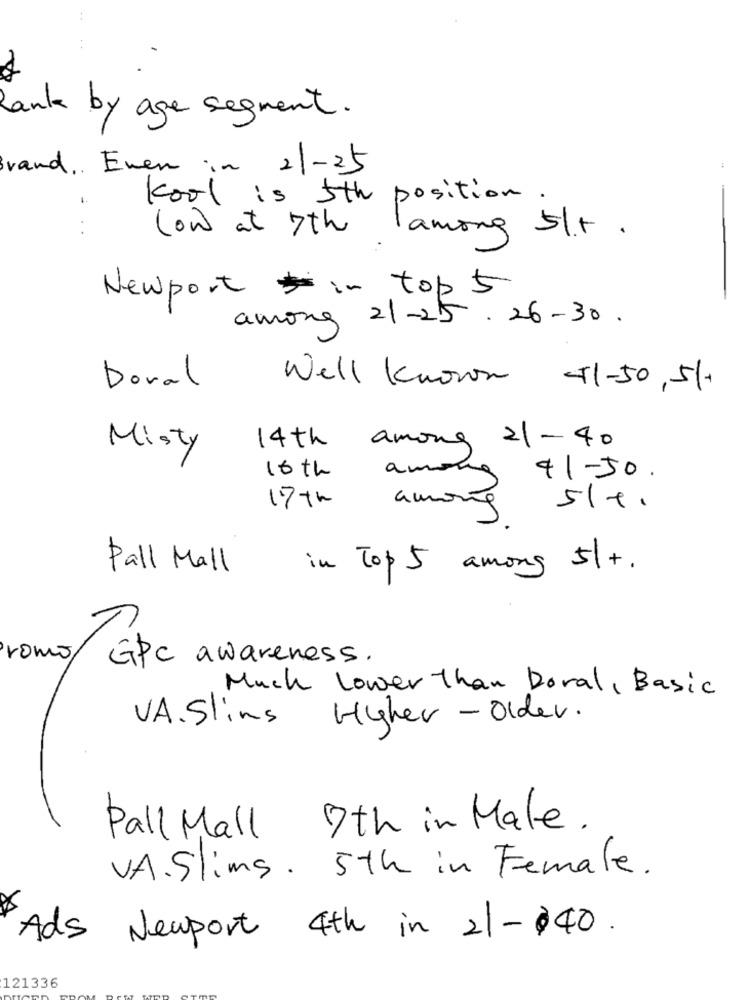
hank by age segment .
Brand .. Even in 2/-25
kool is 5th position.
. ..
(on) at 7th
lamong 5/t.
Newport in top 5
among 21-25. 26-30.
Doval
Well Known 51-50,51.
14th
among 21-40
Misty
16 th
amora
41-50.
17th
among
514.
Pall Mall
in Top 5 among 5/+.
romo
GPC awareness.
Much Lower than Doral, Basic
Hyher - Older.
VA.Slims
Pall Mall 7th in Male .
V.A. Slims . 5th in Female .
Ads Newport 4th in 21-140.
121336